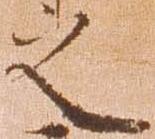
之